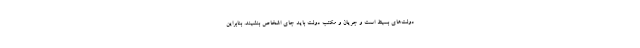
دولت‌های بسیط است و جریان و مکتب دولت باید جای اشخاص بنشیند. بنابراین